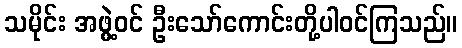
သမိုင်း အဖွဲ့ဝင် ဦးသော်ကောင်းတို့ပါဝင်ကြသည်။